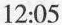
12:05